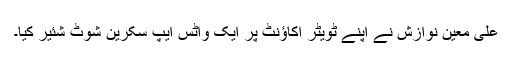
علی معین نوازش نے اپنے ٹویٹر اکاؤنٹ پر ایک واٹس ایپ سکرین شوٹ شئیر کیا۔